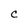
Character: C